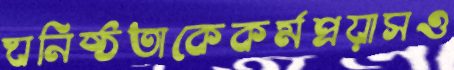
ঘনিষ্ঠতাকেকর্মপ্রয়াসও